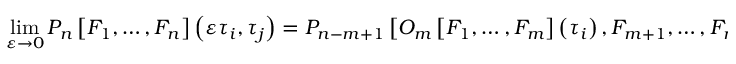
\operatorname * { l i m } _ { \varepsilon \rightarrow 0 } P _ { n } \left[ F _ { 1 } , \dots , F _ { n } \right] \left( \varepsilon \tau _ { i } , \tau _ { j } \right) = P _ { n - m + 1 } \left[ O _ { m } \left[ F _ { 1 } , \dots , F _ { m } \right] \left( \tau _ { i } \right) , F _ { m + 1 } , \dots , F _ { n } \right] \left( 0 , \tau _ { j } \right) .